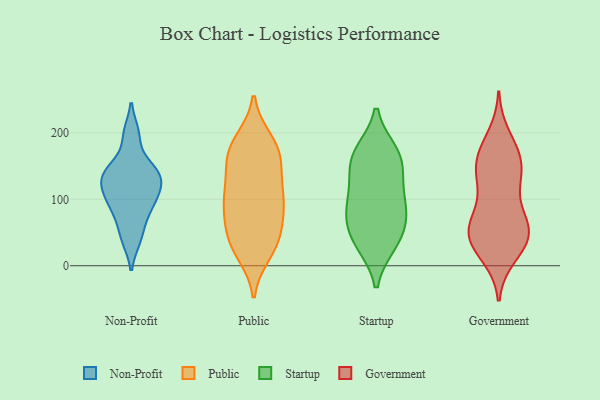
{"axis": {"x": "Budget (USD K)", "y": "Value"}, "legend": ["Government", "Non-Profit", "Public", "Startup"], "data": [{"x": "", "y": 145, "type": "Non-Profit"}, {"x": "", "y": 144, "type": "Non-Profit"}, {"x": "", "y": 197, "type": "Non-Profit"}, {"x": "", "y": 41, "type": "Non-Profit"}, {"x": "", "y": 108, "type": "Non-Profit"}, {"x": "", "y": 92, "type": "Non-Profit"}, {"x": "", "y": 82, "type": "Non-Profit"}, {"x": "", "y": 104, "type": "Non-Profit"}, {"x": "", "y": 121, "type": "Non-Profit"}, {"x": "", "y": 132, "type": "Non-Profit"}, {"x": "", "y": 101, "type": "Non-Profit"}, {"x": "", "y": 133, "type": "Non-Profit"}, {"x": "", "y": 140, "type": "Non-Profit"}, {"x": "", "y": 67, "type": "Non-Profit"}, {"x": "", "y": 198, "type": "Non-Profit"}, {"x": "", "y": 40, "type": "Non-Profit"}, {"x": "", "y": 141, "type": "Non-Profit"}, {"x": "", "y": 98, "type": "Public"}, {"x": "", "y": 88, "type": "Public"}, {"x": "", "y": 115, "type": "Public"}, {"x": "", "y": 45, "type": "Public"}, {"x": "", "y": 145, "type": "Public"}, {"x": "", "y": 19, "type": "Public"}, {"x": "", "y": 173, "type": "Public"}, {"x": "", "y": 59, "type": "Public"}, {"x": "", "y": 189, "type": "Public"}, {"x": "", "y": 188, "type": "Public"}, {"x": "", "y": 37, "type": "Public"}, {"x": "", "y": 162, "type": "Public"}, {"x": "", "y": 166, "type": "Public"}, {"x": "", "y": 24, "type": "Public"}, {"x": "", "y": 34, "type": "Public"}, {"x": "", "y": 89, "type": "Public"}, {"x": "", "y": 106, "type": "Public"}, {"x": "", "y": 118, "type": "Public"}, {"x": "", "y": 77, "type": "Public"}, {"x": "", "y": 166, "type": "Public"}, {"x": "", "y": 33, "type": "Startup"}, {"x": "", "y": 163, "type": "Startup"}, {"x": "", "y": 85, "type": "Startup"}, {"x": "", "y": 68, "type": "Startup"}, {"x": "", "y": 127, "type": "Startup"}, {"x": "", "y": 41, "type": "Startup"}, {"x": "", "y": 86, "type": "Startup"}, {"x": "", "y": 171, "type": "Startup"}, {"x": "", "y": 81, "type": "Startup"}, {"x": "", "y": 117, "type": "Startup"}, {"x": "", "y": 155, "type": "Startup"}, {"x": "", "y": 169, "type": "Startup"}, {"x": "", "y": 34, "type": "Startup"}, {"x": "", "y": 46, "type": "Government"}, {"x": "", "y": 131, "type": "Government"}, {"x": "", "y": 60, "type": "Government"}, {"x": "", "y": 23, "type": "Government"}, {"x": "", "y": 38, "type": "Government"}, {"x": "", "y": 117, "type": "Government"}, {"x": "", "y": 65, "type": "Government"}, {"x": "", "y": 44, "type": "Government"}, {"x": "", "y": 172, "type": "Government"}, {"x": "", "y": 161, "type": "Government"}, {"x": "", "y": 160, "type": "Government"}, {"x": "", "y": 57, "type": "Government"}, {"x": "", "y": 62, "type": "Government"}, {"x": "", "y": 137, "type": "Government"}, {"x": "", "y": 131, "type": "Government"}, {"x": "", "y": 15, "type": "Government"}, {"x": "", "y": 168, "type": "Government"}, {"x": "", "y": 33, "type": "Government"}, {"x": "", "y": 76, "type": "Government"}, {"x": "", "y": 195, "type": "Government"}]}